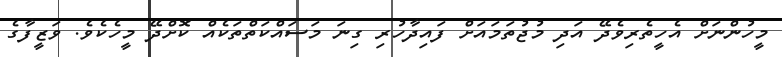
މީހުންނަށް އެހީތެރިވެދޭ އަދި މުޖުތަމައަށް ފައިދާހުރި ގިނަ މަސައްކަތްތަކެއް ކޮށްދޭ މީހެކެވެ. ވަޒީފާގެ